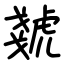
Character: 虦